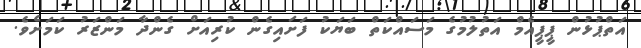
އަތްޕުޅުން ޕީޕީއެމް އަތުލުމުގެ މަސައްކަތް ބަޔަކު ފަށައިގެން ކުރިއަށް ގެންދާ މަންޒަރު ކަމަށެވެ.